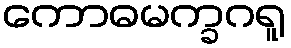
ကောဓမက္ခဂရူ